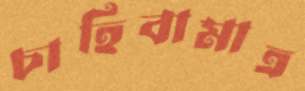
চাহিবামাত্র